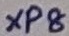
Text: XP8